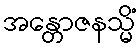
အန္တောဇနသ္မိံ